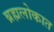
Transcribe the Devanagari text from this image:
ब्रह्मलोकात